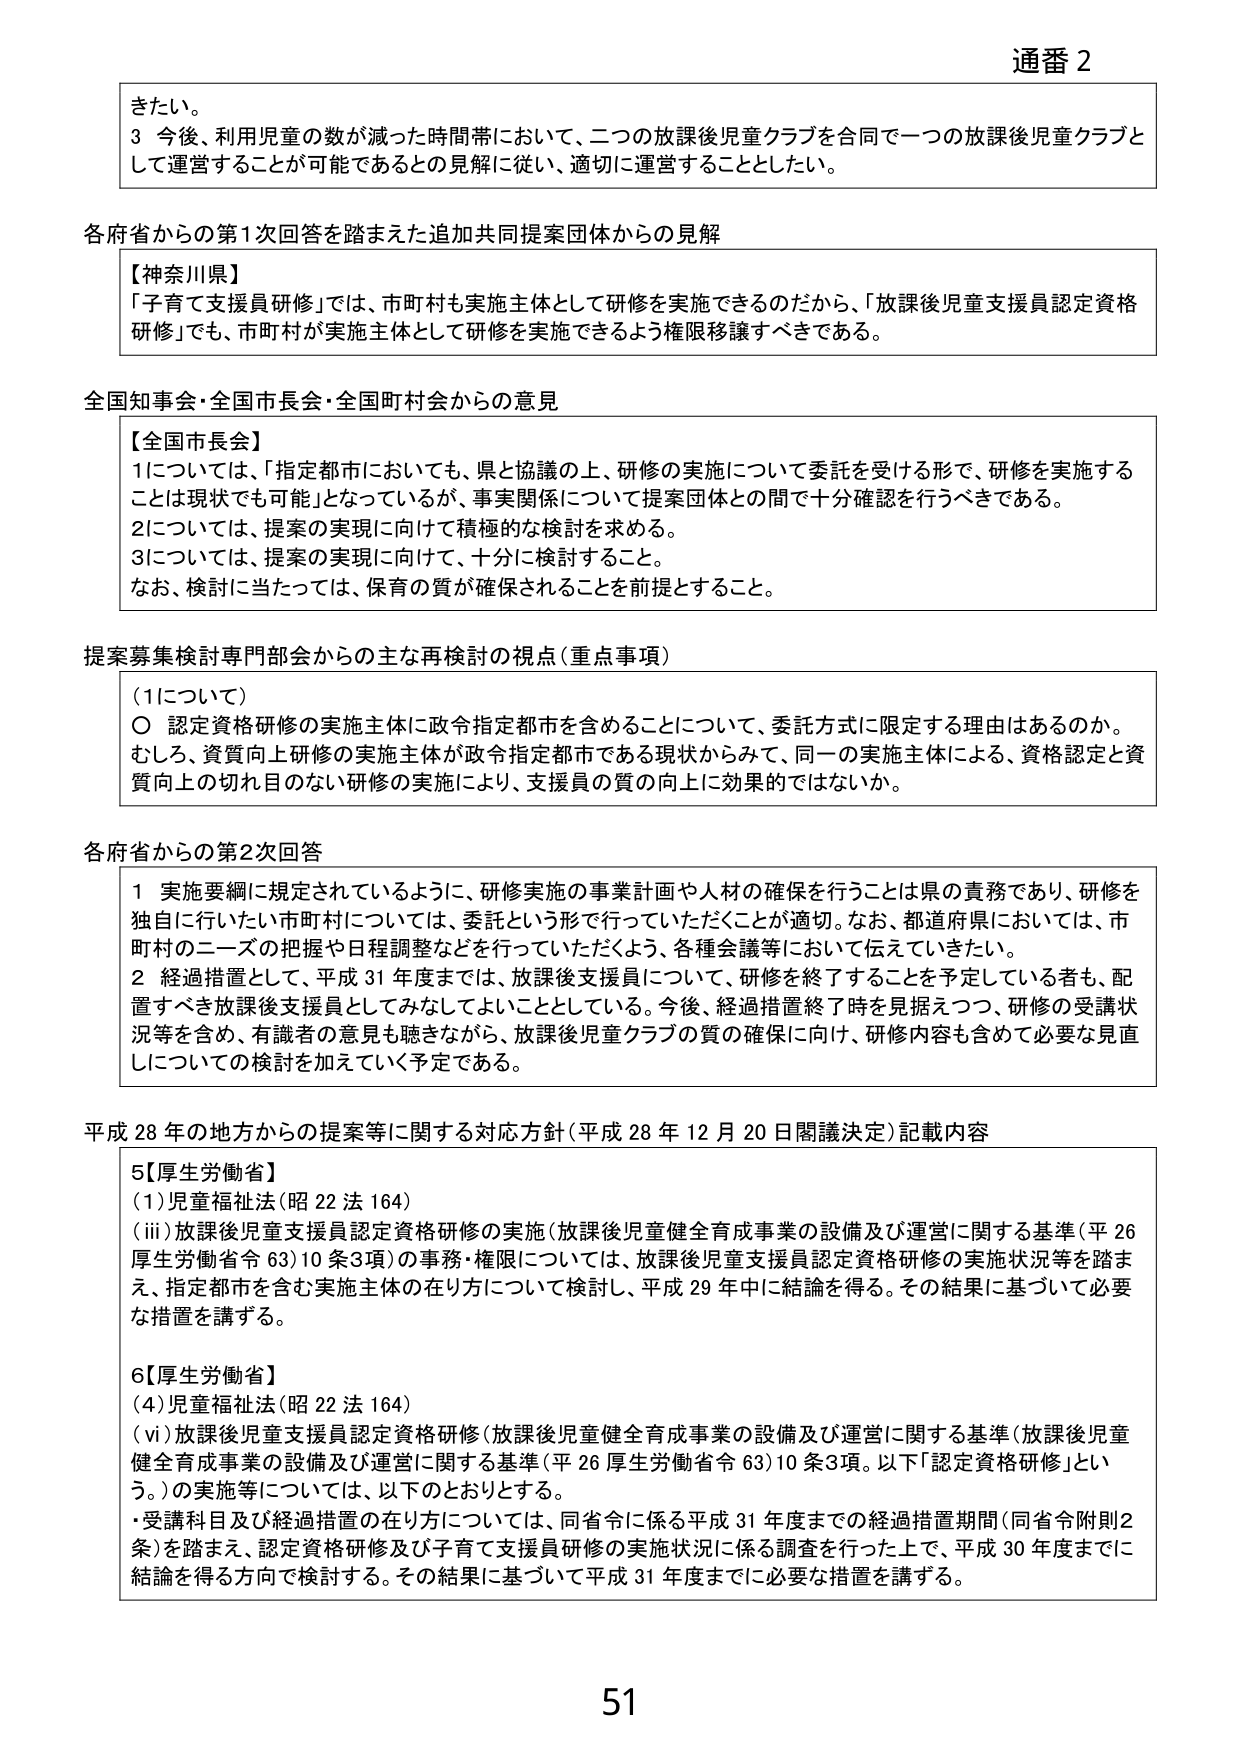
通番 2

きたい。
3 今後、利用児童の数が減った時間帯において、二つの放課後児童クラブを合同で一つの放課後児童クラブとして運営することが可能であるとの見解に従い、適切に運営することとしたい。

各府省からの第1次回答を踏まえた追加共同提案団体からの見解

【神奈川県】
「子育て支援員研修」では、市町村も実施主体として研修を実施できるのだから、「放課後児童支援員認定資格研修」でも、市町村が実施主体として研修を実施できるよう権限移譲すべきである。

全国知事会・全国市長会・全国町村会からの意見

【全国市長会】
1については、「指定都市においても、県と協議の上、研修の実施について委託を受ける形で、研修を実施することは現状でも可能」となっているが、事実関係について提案団体との間で十分確認を行うべきである。
2については、提案の実現に向けて積極的な検討を求める。
3については、提案の実現に向けて、十分に検討すること。
なお、検討に当たっては、保育の質が確保されることを前提とすること。

提案募集検討専門部会からの主な再検討の視点（重点事項）

（1について）
〇 認定資格研修の実施主体に政令指定都市を含めることについて、委託方式に限定する理由はあるのか。
むしろ、資質向上研修の実施主体が政令指定都市である現状からみて、同一の実施主体による、資格認定と資質向上の切れ目のない研修の実施により、支援員の質の向上に効果的ではないか。

各府省からの第2次回答

1 実施要綱に規定されているように、研修実施の事業計画や人材の確保を行うことは県の責務であり、研修を独自に行いたい市町村については、委託という形で行っていただくことが適切。なお、都道府県においては、市町村のニーズの把握や日程調整などを行っていただくよう、各種会議等において伝えていきたい。
2 経過措置として、平成31年度までは、放課後支援員について、研修を終了することを予定している者も、配置すべき放課後支援員としてみなしてよいこととしている。今後、経過措置終了時を見据えつつ、研修の受講状況等を含め、有識者の意見も聴きながら、放課後児童クラブの質の確保に向け、研修内容も含めて必要な見直しについての検討を加えていく予定である。

平成28年の地方からの提案等に関する対応方針（平成28年12月20日閣議決定）記載内容

5【厚生労働省】
（1）児童福祉法（昭22法164）
（iii）放課後児童支援員認定資格研修の実施（放課後児童健全育成事業の設備及び運営に関する基準（平26厚生労働省令63）10条3項）の事務・権限については、放課後児童支援員認定資格研修の実施状況等を踏まえ、指定都市を含む実施主体の在り方について検討し、平成29年中に結論を得る。その結果に基づいて必要な措置を講ずる。

6【厚生労働省】
（4）児童福祉法（昭22法164）
（vi）放課後児童支援員認定資格研修（放課後児童健全育成事業の設備及び運営に関する基準（放課後児童健全育成事業の設備及び運営に関する基準（平26厚生労働省令63）10条3項。以下「認定資格研修」という。）の実施等については、以下のとおりとする。
・受講科目及び経過措置の在り方については、同省令に係る平成31年度までの経過措置期間（同省令附則2条）を踏まえ、認定資格研修及び子育て支援員研修の実施状況に係る調査を行った上で、平成30年度までに結論を得る方向で検討する。その結果に基づいて平成31年度までに必要な措置を講ずる。

51